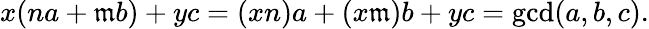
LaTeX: x(na+\mathfrak{m}b)+yc=(xn)a+(x\mathfrak{m})b+yc=\operatorname*{gcd}(a,b,c).